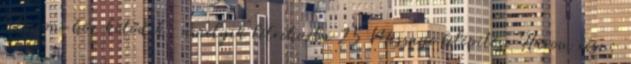
Session-höz kötődik, amelyik létrehozta 25 Message felépítése Három rész: